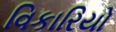
વિકારિયો